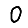
Digit: 0